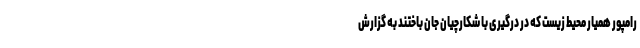
رامپور همیار محیط زیست که در درگیری با شکارچیان جان باختند به گزارش